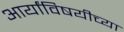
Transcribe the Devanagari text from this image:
आर्यांविषयीच्या